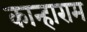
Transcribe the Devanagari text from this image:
कान्हाराम